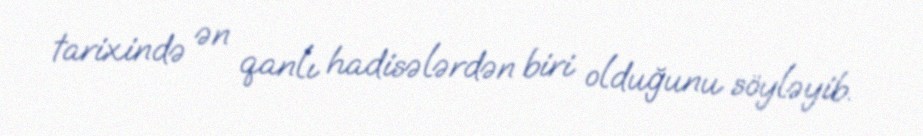
tarixində ən qanlı hadisələrdən biri olduğunu söyləyib.